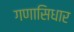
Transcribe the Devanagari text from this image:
गणासिधार